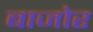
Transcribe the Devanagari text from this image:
बाजोर